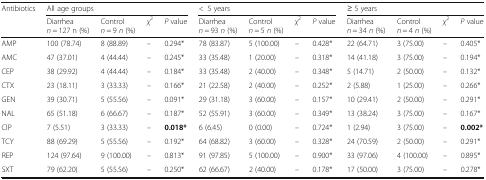
<table><thead><tr><td rowspan="2"><b>Antibiotics</b></td><td colspan="4"><b>All age groups</b></td><td colspan="4"><b>&lt;5 years</b></td><td colspan="4"><b>≥ 5 years</b></td></tr><tr><td><b>Diarrhea <i>n</i> = 127 n (%)</b></td><td><b>Control <i>n</i> = 9 <i>n</i> (%)</b></td><td><b><i>χ</i><sup>2</sup></b></td><td><b><i>P</i> value</b></td><td><b>Diarrhea <i>n</i> = 93 <i>n</i> (%)</b></td><td><b>Control <i>n</i> = 5 <i>n</i> (%)</b></td><td><b><i>χ</i><sup>2</sup></b></td><td><b><i>P</i> value</b></td><td><b>Diarrhea <i>n</i> = 34 <i>n</i> (%)</b></td><td><b>Control <i>n</i> = 4 <i>n</i> (%)</b></td><td><b><i>χ</i><sup>2</sup></b></td><td><b><i>P</i> value</b></td></tr></thead><tbody><tr><td>AMP</td><td>100 (78.74)</td><td>8 (88.89)</td><td>–</td><td>0.294*</td><td>78 (83.87)</td><td>5 (100.00)</td><td>–</td><td>0.428*</td><td>22 (64.71)</td><td>3 (75.00)</td><td>–</td><td>0.405*</td></tr><tr><td>AMC</td><td>47 (37.01)</td><td>4 (44.44)</td><td>–</td><td>0.245*</td><td>33 (35.48)</td><td>1 (20.00)</td><td>–</td><td>0.318*</td><td>14 (41.18)</td><td>3 (75.00)</td><td>–</td><td>0.194*</td></tr><tr><td>CEP</td><td>38 (29.92)</td><td>4 (44.44)</td><td>–</td><td>0.184*</td><td>33 (35.48)</td><td>2 (40.00)</td><td>–</td><td>0.348*</td><td>5 (14.71)</td><td>2 (50.00)</td><td>–</td><td>0.132*</td></tr><tr><td>CTX</td><td>23 (18.11)</td><td>3 (33.33)</td><td>–</td><td>0.166*</td><td>21 (22.58)</td><td>2 (40.00)</td><td>–</td><td>0.252*</td><td>2 (5.88)</td><td>1 (25.00)</td><td>–</td><td>0.266*</td></tr><tr><td>GEN</td><td>39 (30.71)</td><td>5 (55.56)</td><td>–</td><td>0.091*</td><td>29 (31.18)</td><td>3 (60.00)</td><td>–</td><td>0.157*</td><td>10 (29.41)</td><td>2 (50.00)</td><td>–</td><td>0.291*</td></tr><tr><td>NAL</td><td>65 (51.18)</td><td>6 (66.67)</td><td>–</td><td>0.187*</td><td>52 (55.91)</td><td>3 (60.00)</td><td>–</td><td>0.349*</td><td>13 (38.24)</td><td>3 (75.00)</td><td>–</td><td>0.167*</td></tr><tr><td>CIP</td><td>7 (5.51)</td><td>3 (33.33)</td><td>–</td><td><b>0.018*</b></td><td>6 (6.45)</td><td>0 (0.00)</td><td>–</td><td>0.724*</td><td>1 (2.94)</td><td>3 (75.00)</td><td>–</td><td><b>0.002*</b></td></tr><tr><td>TCY</td><td>88 (69.29)</td><td>5 (55.56)</td><td>–</td><td>0.192*</td><td>64 (68.82)</td><td>3 (60.00)</td><td>–</td><td>0.328*</td><td>24 (70.59)</td><td>2 (50.00)</td><td>–</td><td>0.291*</td></tr><tr><td>REP</td><td>124 (97.64)</td><td>9 (100.00)</td><td>–</td><td>0.813*</td><td>91 (97.85)</td><td>5 (100.00)</td><td>–</td><td>0.900*</td><td>33 (97.06)</td><td>4 (100.00)</td><td>–</td><td>0.895*</td></tr><tr><td>SXT</td><td>79 (62.20)</td><td>5 (55.56)</td><td>–</td><td>0.250*</td><td>62 (66.67)</td><td>2 (40.00)</td><td>–</td><td>0.178*</td><td>17 (50.00)</td><td>3 (75.00)</td><td>–</td><td>0.278*</td></tr></tbody></table>